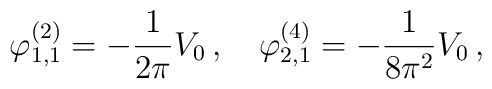
\varphi^{(2)}_{1,1}=-\frac{1}{2\pi}V_0\,,\quad\varphi^{(4)}_{2,1}=-\frac{1}{8\pi^2}V_0\,,